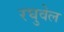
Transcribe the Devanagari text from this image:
रघुवेल